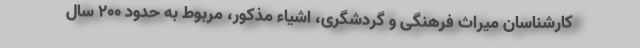
کارشناسان میراث فرهنگی و گردشگری، اشیاء مذکور، مربوط به حدود ۲۰۰ سال